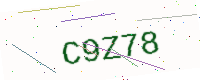
Text: C9Z78